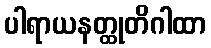
ပါရာယနတ္ထုတိဂါထာ